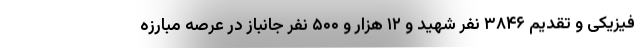
فیزیکی و تقدیم ۳۸۴۶ نفر شهید و ۱۲ هزار و ۵۰۰ نفر جانباز در عرصه مبارزه